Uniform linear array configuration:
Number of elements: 4
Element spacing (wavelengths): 0.75
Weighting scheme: hann
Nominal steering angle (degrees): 60
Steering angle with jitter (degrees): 60.327
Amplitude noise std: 0.05
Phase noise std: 0.05

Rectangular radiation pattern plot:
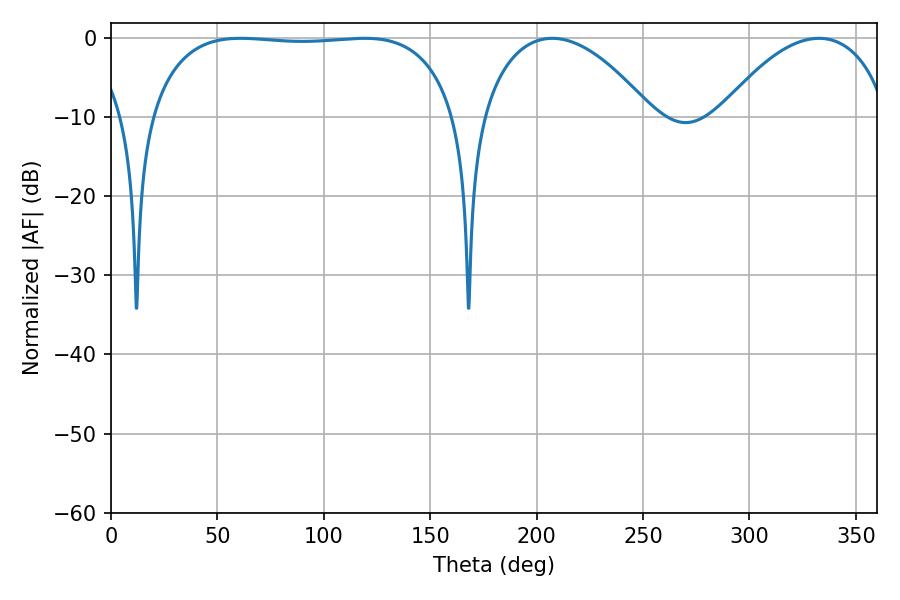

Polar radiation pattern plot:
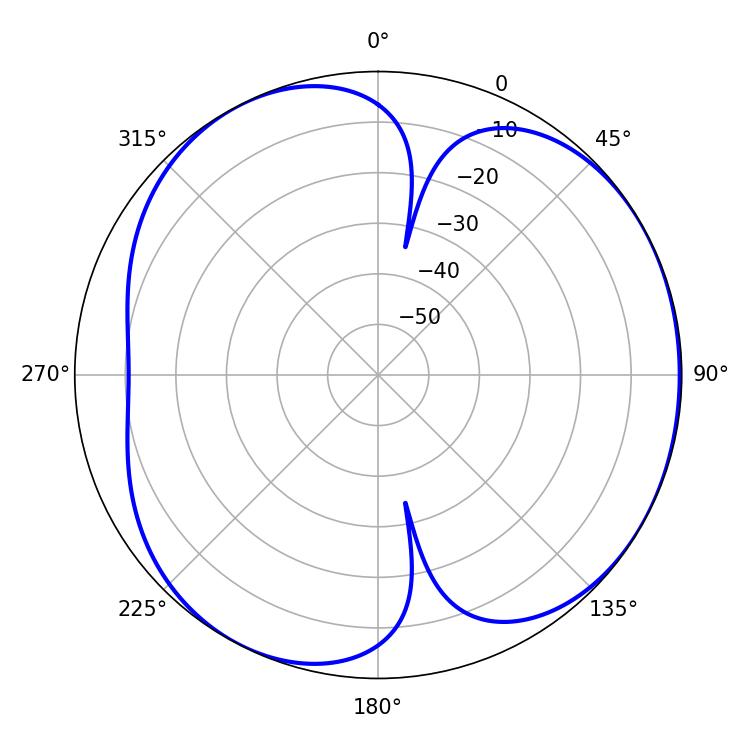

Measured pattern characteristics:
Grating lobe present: TRUE
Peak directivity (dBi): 4.358
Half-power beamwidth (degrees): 45
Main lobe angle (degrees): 207.36